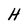
Character: H